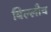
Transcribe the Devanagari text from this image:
बिल्लौच